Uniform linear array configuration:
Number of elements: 32
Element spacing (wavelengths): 0.75
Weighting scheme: binomial
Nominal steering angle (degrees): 45
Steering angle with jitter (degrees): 46.681
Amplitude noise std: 0.05
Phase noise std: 0.05

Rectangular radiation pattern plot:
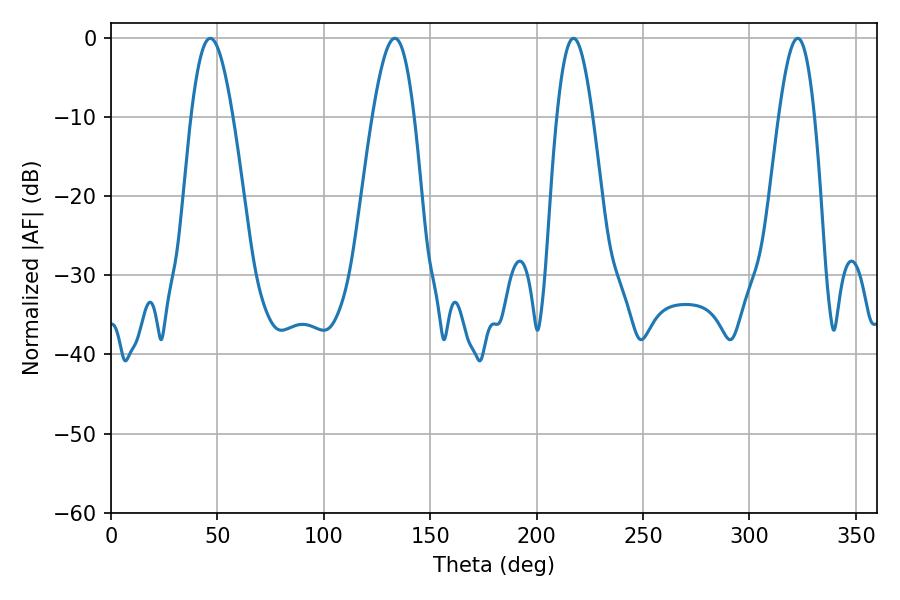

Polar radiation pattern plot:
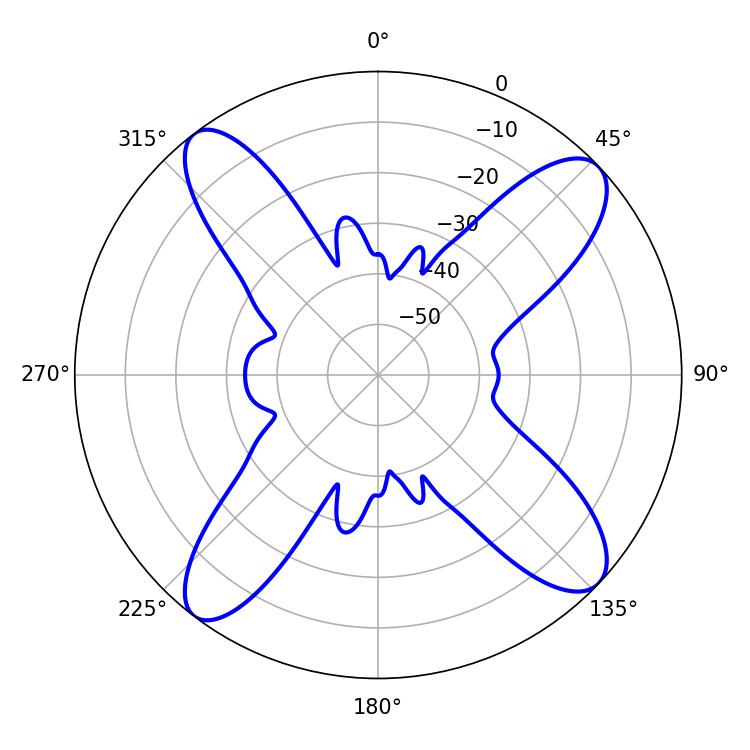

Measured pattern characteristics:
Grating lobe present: TRUE
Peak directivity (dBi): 13.829
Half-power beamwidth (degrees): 10.62
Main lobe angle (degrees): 46.62